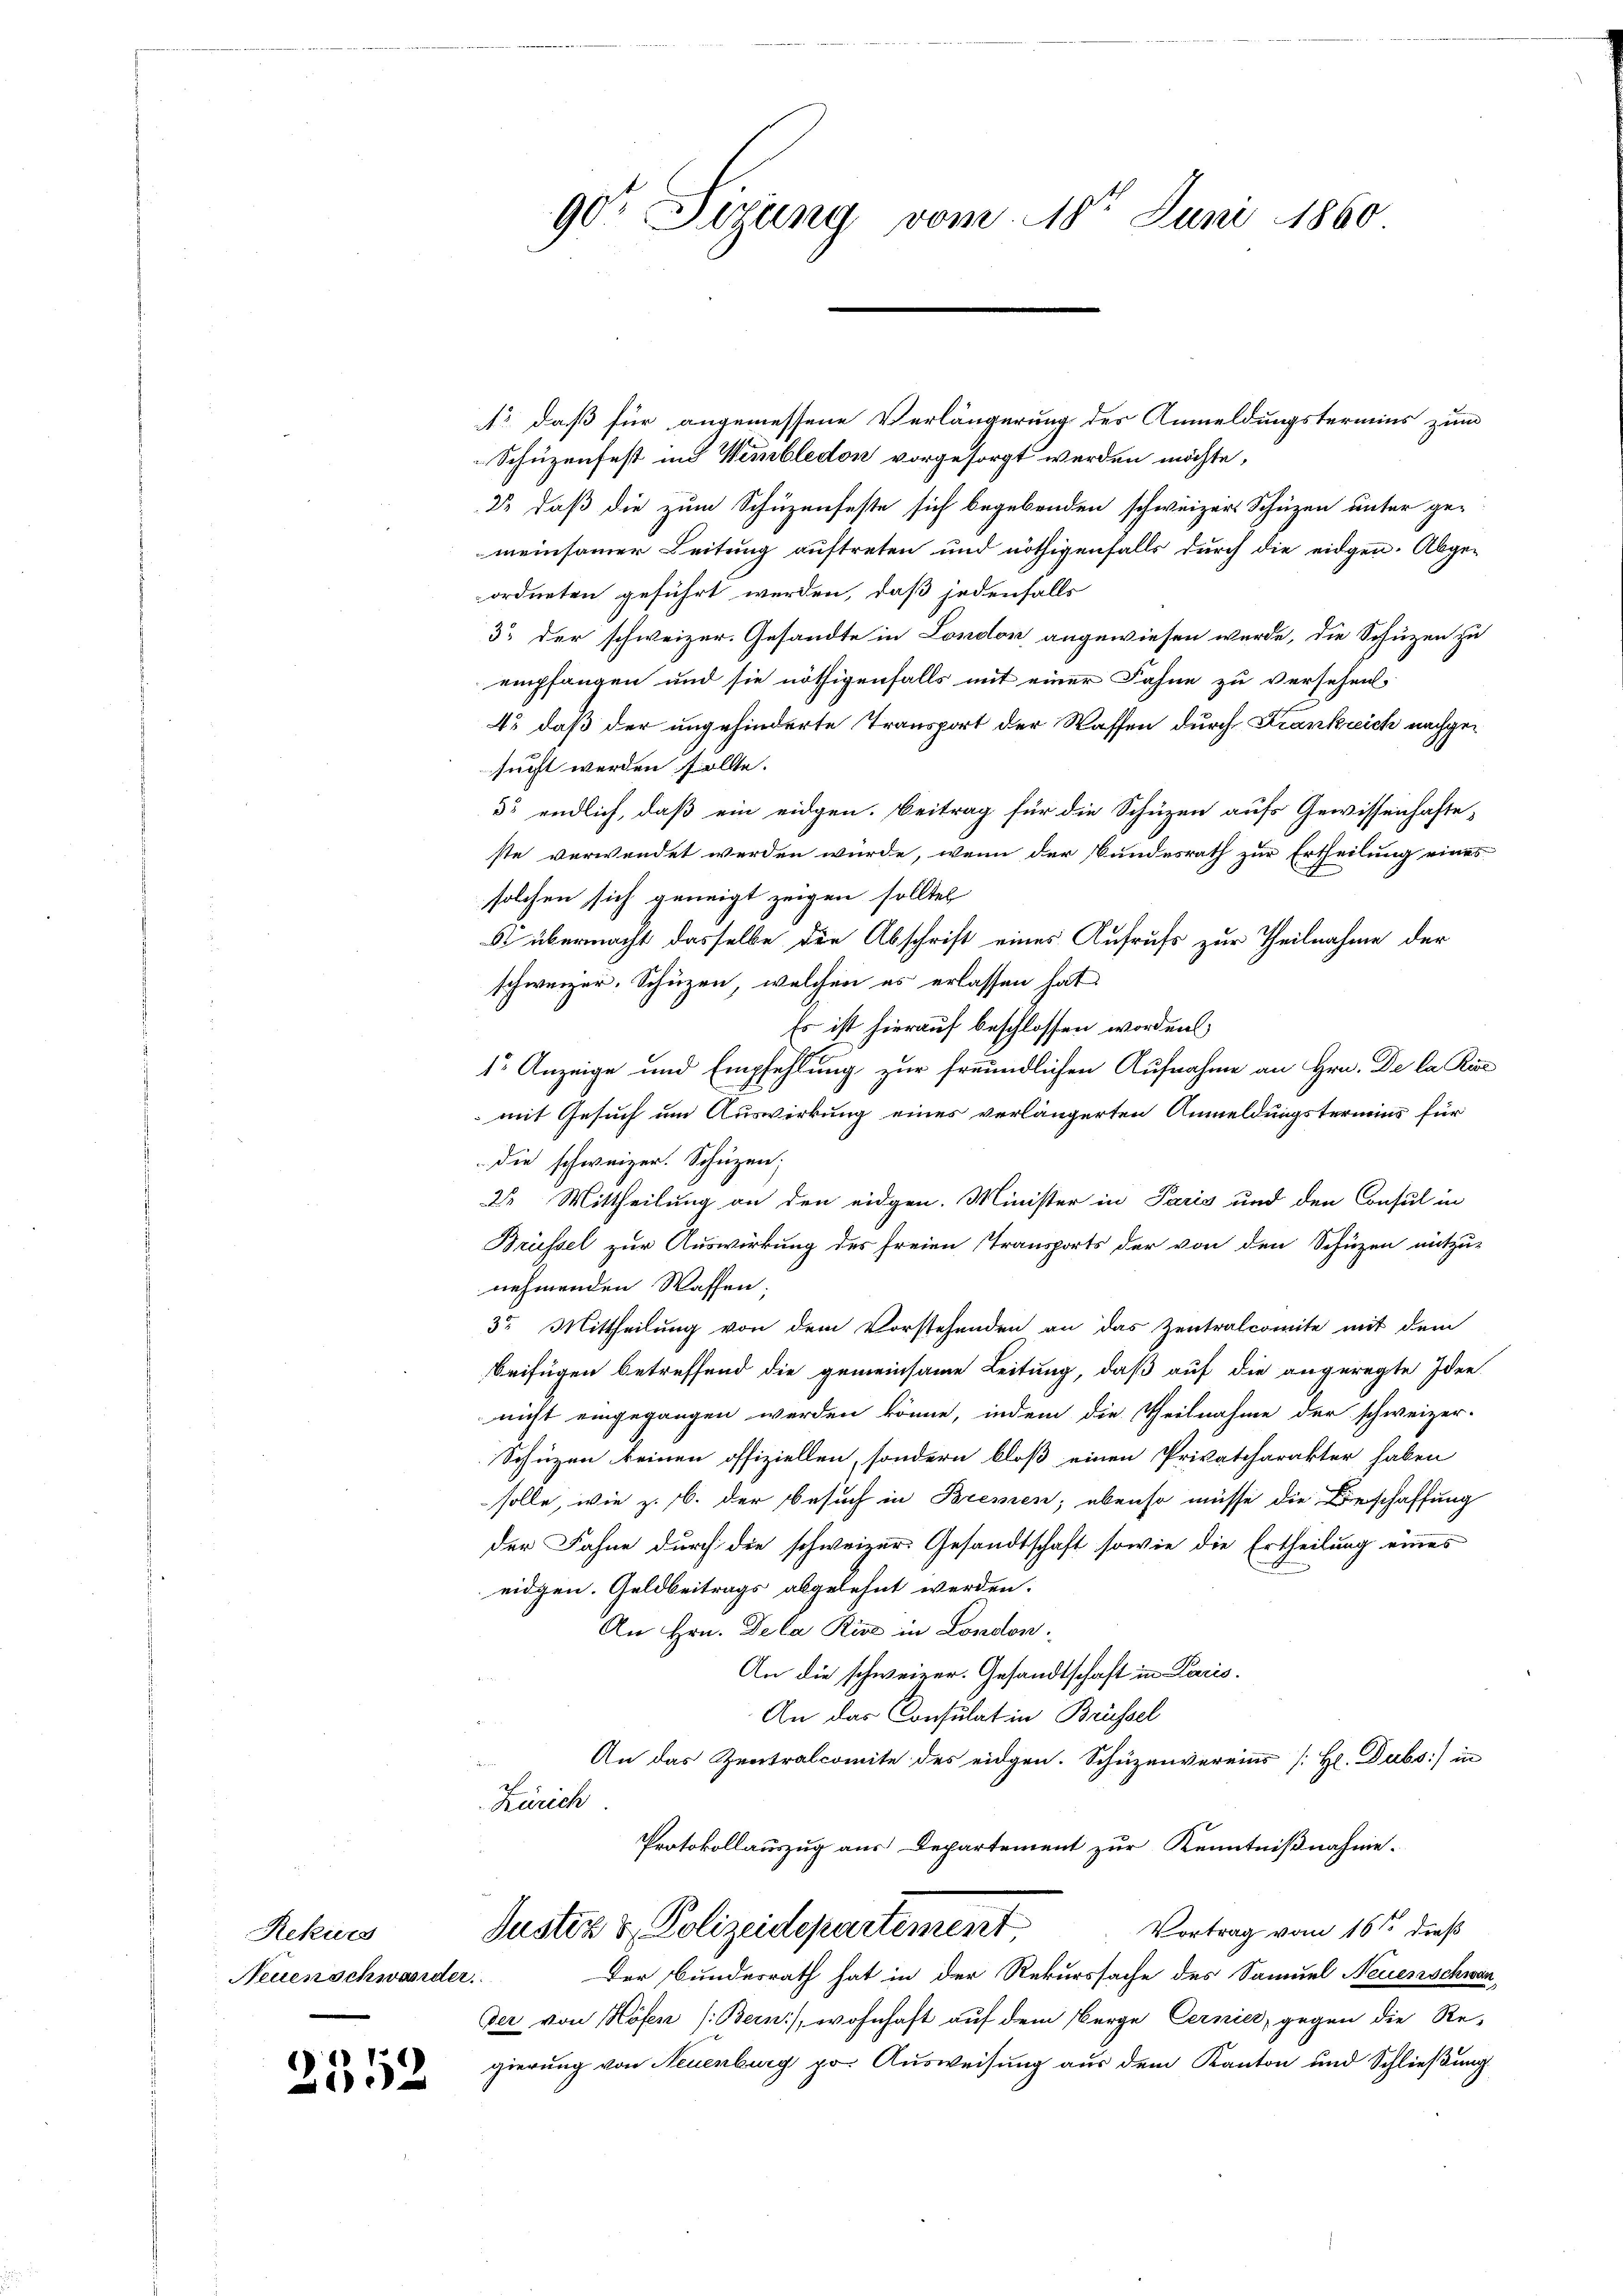
Rekurs
Neuenschwander

2552

907 Sizung vom 18ten Juni 1860

A daß für angemessene Verlängerung des Anmeldungstermins zum
Schüzenfest und Wembledon vorgesorgt werden möchte,
22, daß die zum Schüzenfeste sich begebenden schweizer Schüzen unter ge-
meinsamer Leitung auftreten und nöthigenfalls durch die eidgen. Abge-
ordneten geführt werden, daß jedenfalls
3 der schweizer. Gesandte in London angewiesen wurde, die Schutzen zu
empfangen und sie nöthigenfalls mit einer Fahne zu versehen
4o daß der ungehinderte Transport der Waffen durch Krankreich nachgesucht werden sollte.
3. endlich, daß ein eidgen. Beitrag für die Schüzen aufs Gewissenhafte
ste verwendet werden würde, wenn der Bundesrath zur Ertheilung eines
solchen sich geneigt zeigen sollte
§ übermacht dasselbe die Abschrift eines Aufrufs zur Theilnahme der
schweizer. Schüzen, welchen es erlassen hat
Es ist hierauf beschlossen worden.
1r Anzeige und Empfehlung zur freundlichen Aufnahme an Hrn. De la Kin
mit Gesuch um Auswirkung eines verlängerten Anmeldungstermins für
 die schweizer. Schüzen;
22 Mittheilung an den eidgen. Minister in Paris und den Consul in
Brüssel zur Auswirkung des freien Transports der von den Schüzen mitzu-
nehmenden Wassen:
3r Mittheilung von dem Vorstehenden an das Zentralcomite mit dem
beifügen betreffend die gemeinsame Leitung, daß auf die angeregte Idee-
nicht eingegangen werden könne, indem die Theilnahme der schweizer-
Schüzen keinen offiziellen, sondern bloß einen Privatcharakter haben
solle, wie z. B. der Besuch in Bremen; ebenso müsse die Beschaffung
der Fahne durch die schweizer. Gesandtschaft sowie die Ertheilung eines
eidgen. Geldbeitrags abgelehnt werden.
An Hrn. Dela Kies in London.
An die schweizer. Gesandtschaft in Paris.
An das Consulat in Brüssel
An das Zentralcomite des eidgen. Schüzenvereins [H. Dubs:/ in
Zürich
Protokollauszug aus Departement zur Kenntnißnahme.
Justiz & Polizeidepartement
Vortrag vom 16ten dieß
Der Bundesrath hat in der Rekurssache des Samuel Neuenschwander von Höfen (Bern), wohnhaft auf dem Berge Cernier, gegen die Re-
gierung von Neuenburg po Ausweisung aus dem Kanton und Schließung